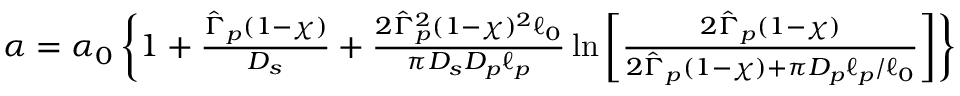
\begin{array} { r } { \alpha = \alpha _ { 0 } \left\{ 1 + \frac { \hat { \Gamma } _ { p } ( 1 - \chi ) } { D _ { s } } + \frac { 2 \hat { \Gamma } _ { p } ^ { 2 } ( 1 - \chi ) ^ { 2 } \ell _ { 0 } } { \pi D _ { s } D _ { p } \ell _ { p } } \ln \left[ \frac { 2 \hat { \Gamma } _ { p } ( 1 - \chi ) } { 2 \hat { \Gamma } _ { p } ( 1 - \chi ) + \pi D _ { p } \ell _ { p } / \ell _ { 0 } } \right] \right\} } \end{array}